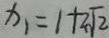
x _ { 1 } = 1 + 2 \sqrt { 2 }